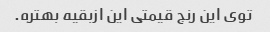
توی این رنج قیمتی این ازبقیه بهتره.